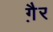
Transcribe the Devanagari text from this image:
गै़र